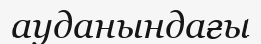
ауданындағы